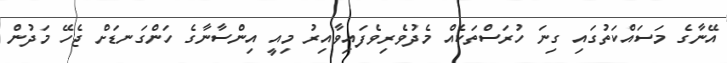
އޭނާގެ މަސައްކަތުގައި ގިނަ ހުރަސްތަކެއް މެދުވެރިވެފައިވާއިރު މިއީ އިންސާނާގެ ހަންގަނޑަށް ޖެހޭ މަދުން